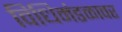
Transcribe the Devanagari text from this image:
विधिमंडळावर